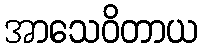
အာသေဝိတာယ